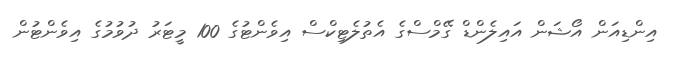
އިންޑިއަން އޯޝަން އައިލެންޑް ގޭމްސްގެ އެތުލެޓިކްސް އިވެންޓުގެ 100 މީޓަރު ދުވުމުގެ އިވެންޓުން